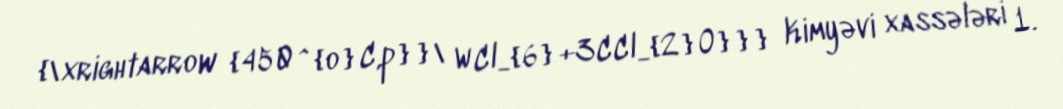
{\xrightarrow {450^{o}C,p}}\ WCl_{6}+3CCl_{2}O}}} Kimyəvi xassələri 1.